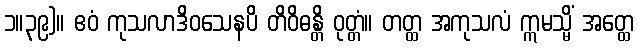
၁။၃၉)။ ဧဝံ ကုသလာဒိဝသေနပိ တိဝိဓန္တိ ဝုတ္တံ။ တတ္ထ အကုသလံ ဣမသ္မိံ အတ္ထေ